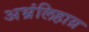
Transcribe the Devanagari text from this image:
अभ्रंलिहाग्र